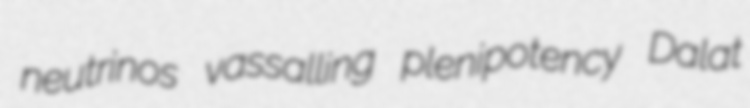
neutrinos vassalling plenipotency Dalat